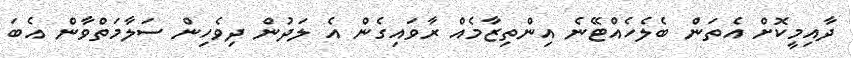
ދާއިމީކޮށް އެތަން ބެލެހެއްޓޭނެ އިންތިޒާމެއް ރާވައިގެން އެ ލަދުން ދިވެހިން ސަލާމަތްވާން އެބަ